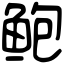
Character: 鲍